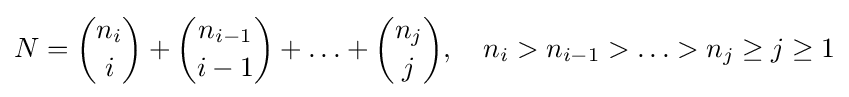
N={\binom {n_{i}}{i}}+{\binom {n_{i-1}}{i-1}}+\ldots +{\binom {n_{j}}{j}},\quad n_{i}>n_{i-1}>\ldots >n_{j}\geq j\geq 1